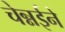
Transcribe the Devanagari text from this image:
चेन्नईने